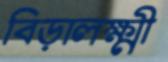
বিড়ালক্ষ্মী